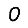
Digit: 0